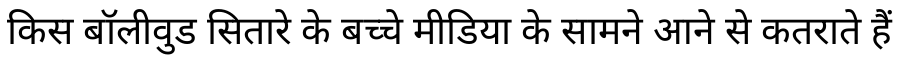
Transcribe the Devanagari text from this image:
किस बॉलीवुड सितारे के बच्चे मीडिया के सामने आने से कतराते हैं